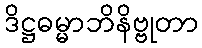
ဒိဋ္ဌဓမ္မာဘိနိဗ္ဗုတာ